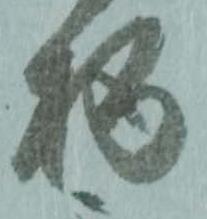
柄